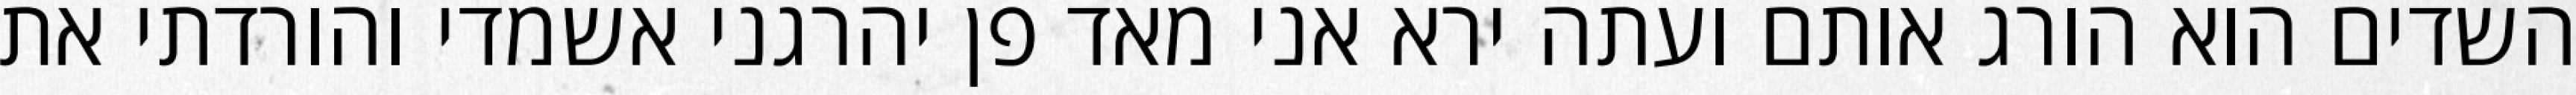
השדים הוא הורג אותם ועתה ירא אני מאד פן יהרגני אשמדי והורדתי את